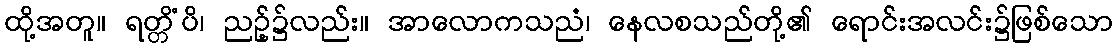
ထို့အတူ။ ရတ္တိံပိ၊ ညဉ့်၌လည်း။ အာလောကသညံ၊ နေလစသည်တို့၏ ရောင်းအလင်း၌ဖြစ်သော